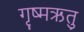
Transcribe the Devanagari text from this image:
गृष्‍मऋतु